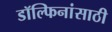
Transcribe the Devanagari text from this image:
डॉल्फिनांसाठी